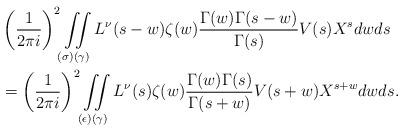
LaTeX: \begin{align*} & \left(\frac{1}{2\pi i}\right)^2 \iint\limits_{(\sigma)(\gamma)}L^\nu(s-w)\zeta(w)\frac{\Gamma(w) \Gamma(s - w)}{\Gamma(s)}V(s) X^s dw ds \\ &= \left(\frac{1}{2\pi i}\right)^2 \iint\limits_{(\epsilon)(\gamma)}L^\nu(s)\zeta(w)\frac{\Gamma(w) \Gamma(s )}{\Gamma(s+w)}V(s+w) X^{s+w} dw ds.\end{align*}